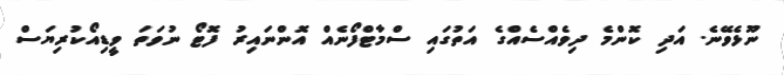
ނޫޅެވޭނެ. އަދި ކޮންމެ ދިވެއްސެއްގެ އަތުގައި ސްމާޓްފޯނެއް އޮންނައިރު ފޮޓޯ ނުވަތަ ވީޑިއޯކުރިޔަސް